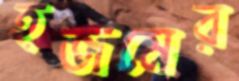
হজমের